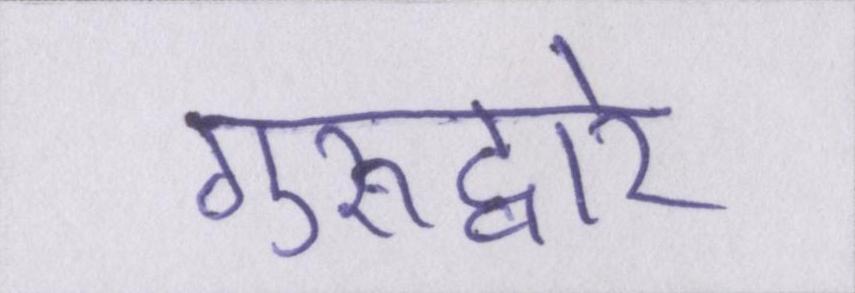
गुरूद्वारे